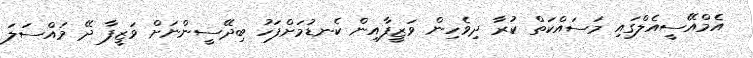
އެމްއޭސީއެލްގައި މަސައްކަތް ކުރާ ދިވެހިން ވަޒީފާއިން ކެނޑުމަށްފަހު ބިދޭސީންނަށް ވަޒީފާ ދޭ މައްސަލަ